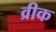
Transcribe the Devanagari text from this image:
व्रीक